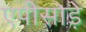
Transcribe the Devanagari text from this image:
एपीसोड़े